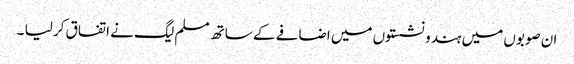
ان صوبوں میں ہندو نشستوں میں اضافے کے ساتھ مسلم لیگ نے اتفاق کر لیا ۔